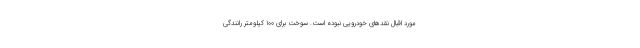
مورد اقبال نقدهای خودرویی نبوده است. سوخت برای 100 کیلومتر رانندگی